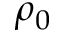
\rho _ { 0 }